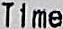
TIME